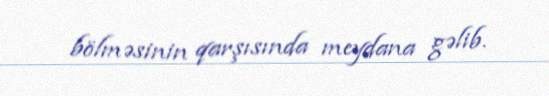
bölməsinin qarşısında meydana gəlib.